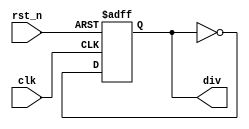
`timescale 1ns / 1ps
////////////////////////////////////////////////////////////////////////////////
// Company: 
// Engineer:
//
// Create Date:    
// Design Name:    
// Module Name:    
// Project Name:   
// Target Device:  
// Tool versions:  
// Description:
//
// Dependencies:
// 
// Revision:
// Revision 0.01 - File Created
// Additional Comments:
// EDNFPGA/CPLDhttp://group.ednchina.com/1375/
////////////////////////////////////////////////////////////////////////////////
module modelsim_test(
				clk,rst_n,div
				);
	
input clk;		//	
input rst_n;		//

output div;		//2

reg div;

always @ (posedge clk or negedge rst_n)
	if(!rst_n) div <= 1'b0;
	else div <= ~div;
	

endmodule